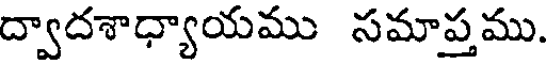
ద్వాదశాధ్యాయము సమాప్తము.